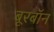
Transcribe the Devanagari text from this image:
बूरबॉन